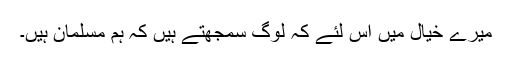
میرے خیال میں اس لئے کہ لوگ سمجھتے ہیں کہ ہم مسلمان ہیں۔